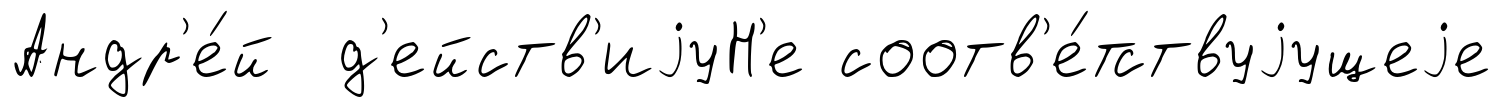
Андр'е́й д'ейств'иjуН'е соотв'е́тствуjущеjе